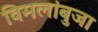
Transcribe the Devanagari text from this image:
विमलांबुजा